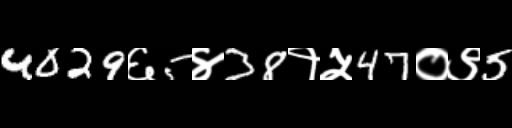
Text: 4029६5४38१५47०९5